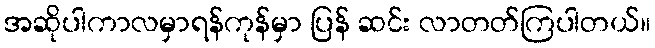
အဆိုပါကာလမှာရန်ကုန်မှာ ပြန် ဆင်း လာတတ်ကြပါတယ်။